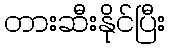
တားဆီးနိုင်ပြီး